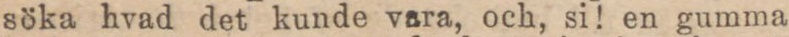
söka hvad det kunde vara, och, si! en gumma